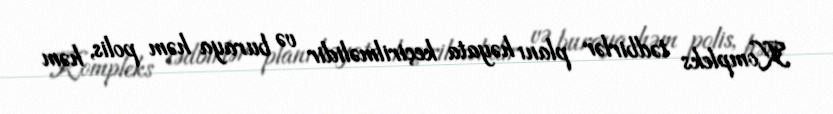
Kompleks tədbirlər planı həyata keçirilməlidir və buraya həm polis, həm